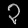
Digit: ၃